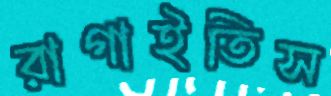
রাগাইতিস